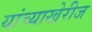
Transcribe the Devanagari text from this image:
यांच्याखेरीज